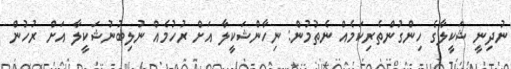
ނުދިނީ ޝަކީލާގެ ހިންގުންތެރިކަމެއް ނެތުމުން: ނިހާންޝަކީލާ އަށް ރުހުމެއް ނުލިބުނުޝަކީލާ އަށް ރުހުން